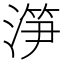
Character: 𣺱